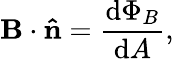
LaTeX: \mathbf{B}\cdot\mathbf{\hat{n}}={\frac{\mathrm{d}\Phi_{B}}{\mathrm{d}A}},\,